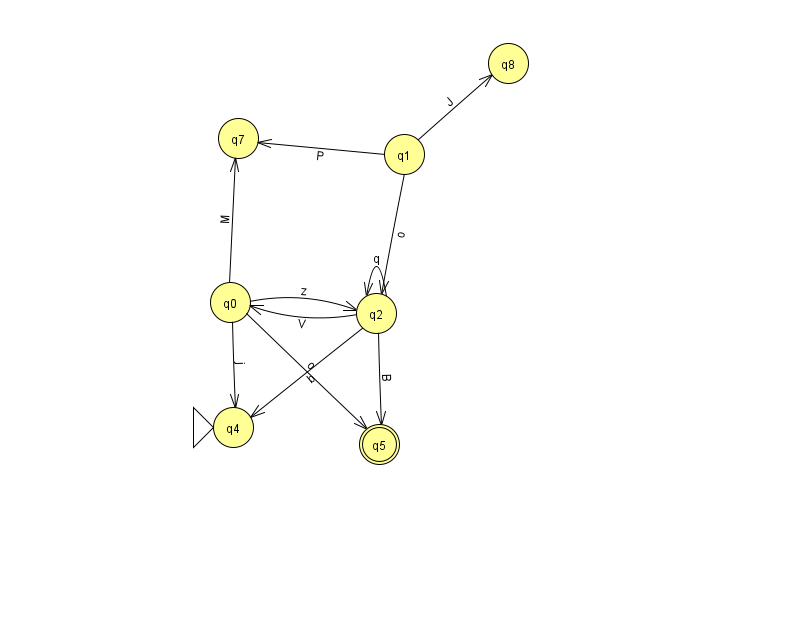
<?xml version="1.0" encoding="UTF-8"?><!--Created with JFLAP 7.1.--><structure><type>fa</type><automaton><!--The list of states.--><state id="0" name="q0"><x>230.0</x><y>289.0</y></state><state id="1" name="q1"><x>404.0</x><y>141.0</y></state><state id="2" name="q2"><x>376.0</x><y>300.0</y></state><state id="4" name="q4"><x>233.0</x><y>414.0</y><initial/></state><state id="5" name="q5"><x>379.0</x><y>431.0</y><final/></state><state id="7" name="q7"><x>238.0</x><y>125.0</y></state><state id="8" name="q8"><x>508.0</x><y>50.0</y></state><!--The list of transitions.--><transition><from>2</from><to>2</to><read>q</read></transition><transition><from>0</from><to>7</to><read>M</read></transition><transition><from>0</from><to>2</to><read>z</read></transition><transition><from>1</from><to>7</to><read>P</read></transition><transition><from>2</from><to>4</to><read>b</read></transition><transition><from>0</from><to>4</to><read>j</read></transition><transition><from>0</from><to>5</to><read>o</read></transition><transition><from>1</from><to>2</to><read>o</read></transition><transition><from>1</from><to>8</to><read>J</read></transition><transition><from>2</from><to>5</to><read>B</read></transition><transition><from>2</from><to>0</to><read>V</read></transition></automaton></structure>